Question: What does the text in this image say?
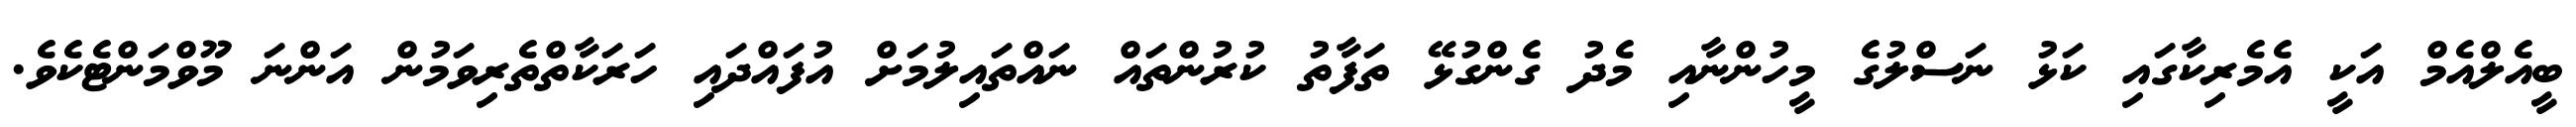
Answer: ބީއެލްއެމް އަކީ އެމެރިކާގައި ކަޅު ނަސްލުގެ މީހުންނާއި މެދު ގެންގުޅޭ ތަފާތު ކުރުންތައް ނައްތައިލުމަށް އުފައްދައި ހަރަކާތްތެރިވަމުން އަންނަ މޫވްމަންޓެކެވެ.